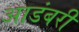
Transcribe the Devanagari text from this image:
आडंबरी